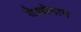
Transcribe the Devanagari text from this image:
येओमान